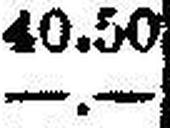
—.—